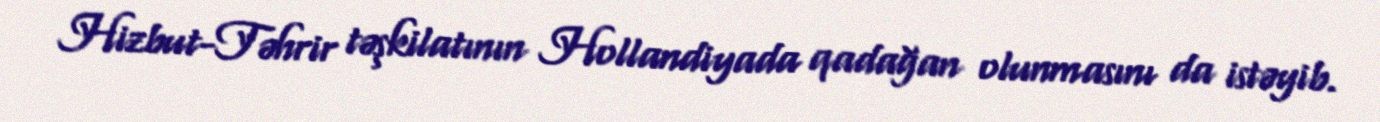
Hizbut-Təhrir təşkilatının Hollandiyada qadağan olunmasını da istəyib.